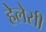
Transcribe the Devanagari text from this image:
हेलेसी